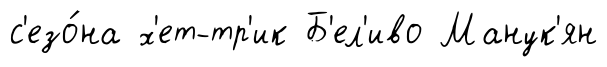
с'езо́на х'ет-тр'ик Б'ел'иво Манук'ян